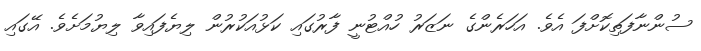
ސުންނާފަތިކޮށްފަ އެވެ. އަހަރެންގެ ނަޒަރު ހުއްޓުނީ ފާރުގައި ކަޅުއަކުރުން ލިޔެފައިވާ ލިޔުމަށެވެ. އޭގައި